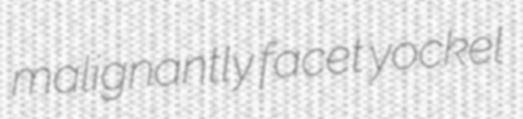
malignantly facet yockel